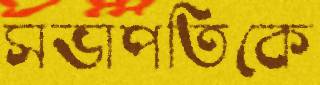
সভাপতিকে